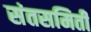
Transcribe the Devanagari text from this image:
संतसमिती